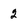
Character: 2